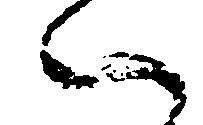
ハ